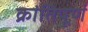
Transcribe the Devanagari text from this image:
क्रांतिपूर्ण